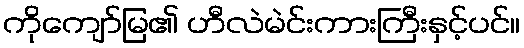
ကိုကျော်မြ၏ ဟီလဲမဲင်းကားကြီးနှင့်ပင်။